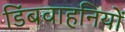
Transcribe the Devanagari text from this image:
डिंबवाहनियों